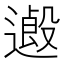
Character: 𨖏